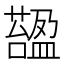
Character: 𧀟